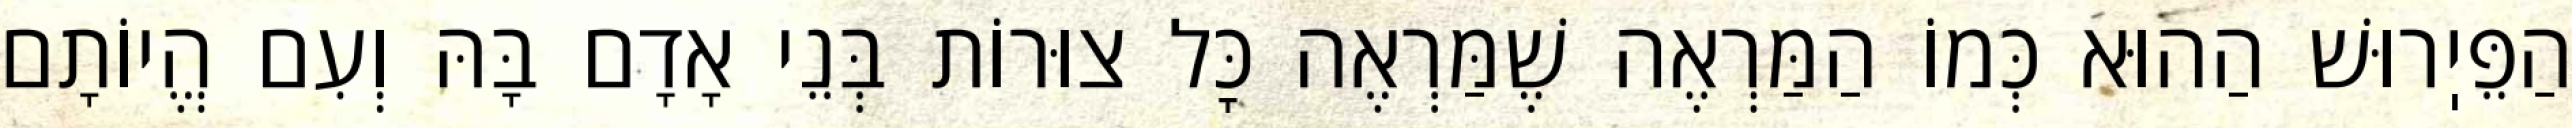
הַפֵּיֽרוּשׁ הַהוּא כְּמוֹ הַמַּרְאֶה שֶׁמַּרְאֶה כׇּל צוּרוֹת בְּנֵי אָדָם בָּהּ וְעִם הֱיוֹתָם